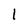
Character: 1